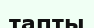
тапты